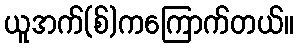
ယူအက်(စ်)ကကြောက်တယ်။